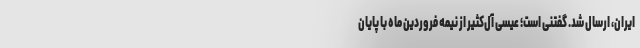
ایران، ارسال شد. گفتنی است؛ عیسی آل‌کثیر از نیمه فروردین ماه با پایان